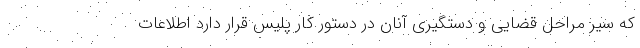
که سیر مراحل قضایی و دستگیری آنان در دستور کار پلیس قرار دارد اطلاعات